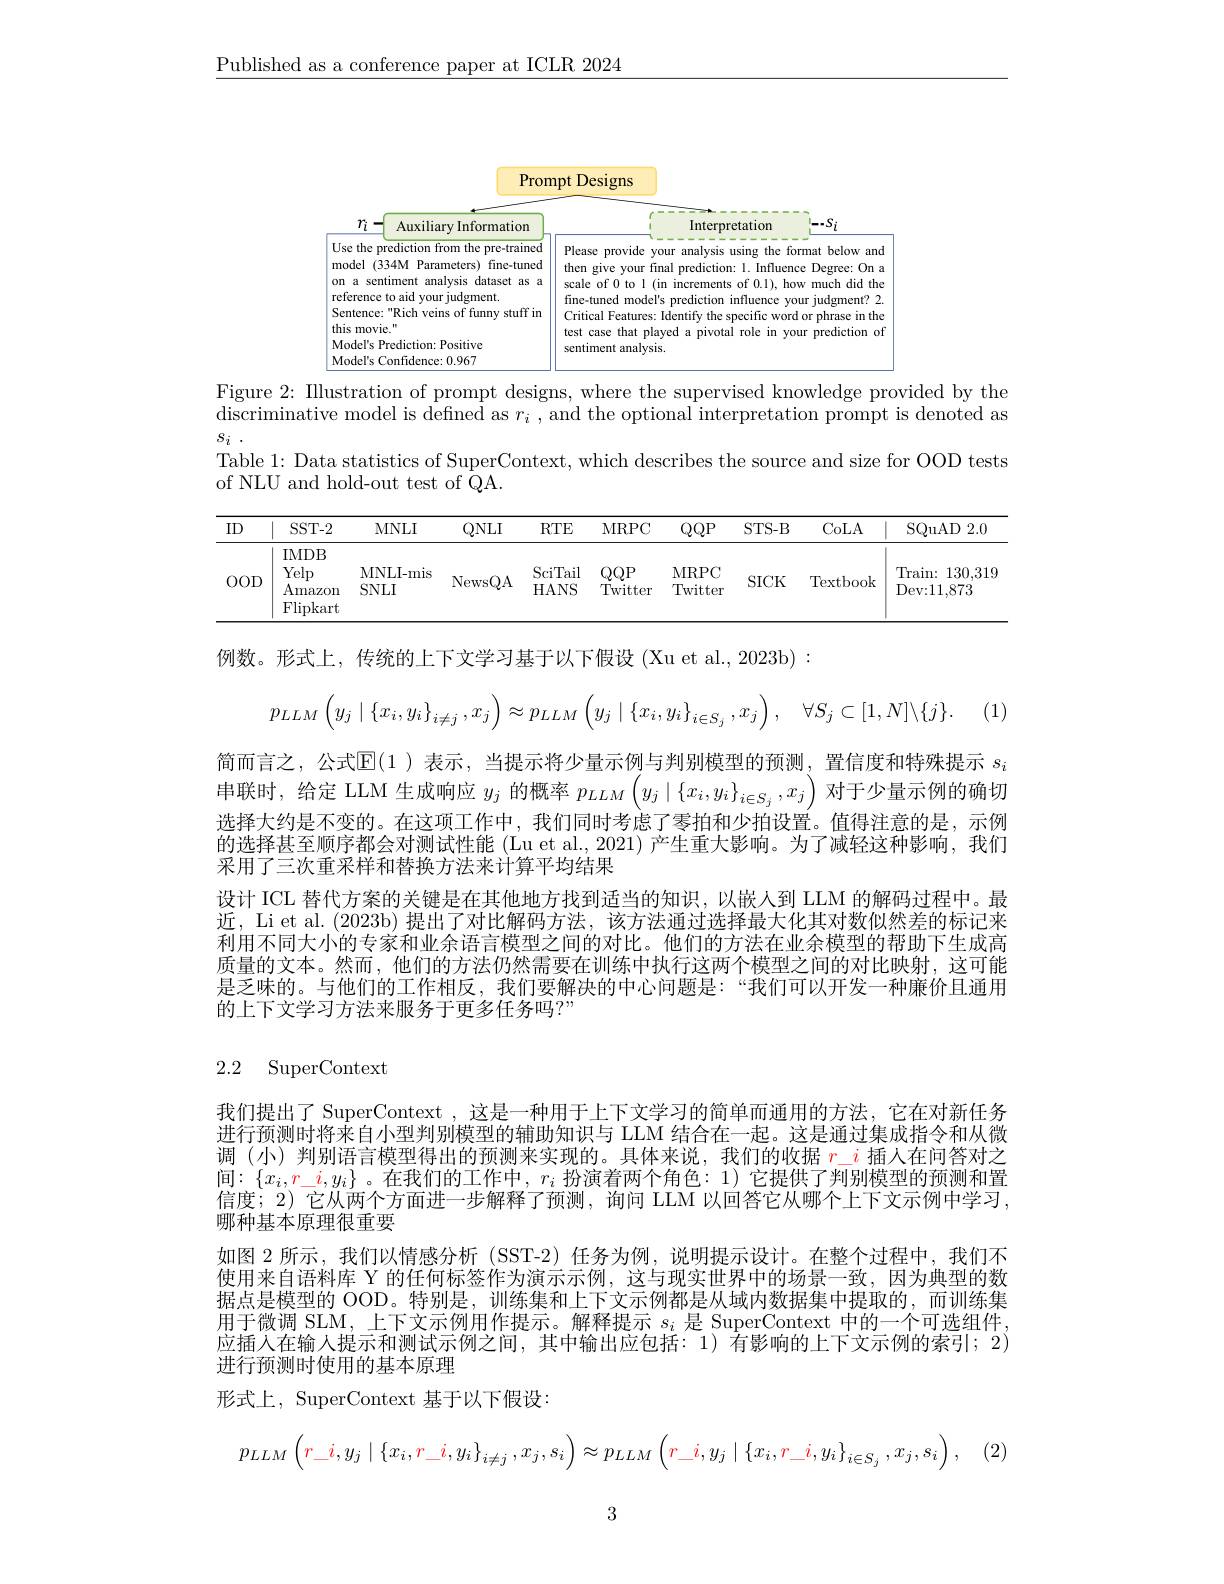
$\underline{\text{Published as a conference paper at ICLR 2024}}$

<FigureHere>

Figure 2: Illustration of prompt designs, where the supervised knowledge provided by the

$\begin{array}{c}{\text{discriminative model is defined as }r_{i}}\end{array}$,and the optional interpretation prompt is denoted as

$S_i$ .

Table 1: Data statistics of SuperContext, which describes the source and size for OOD tests

of NLU and hold-out test of QA.

<table>
	<tbody>
		<tr>
			<th>ID</th>
			<th>$SST-2$</th>
			<th>MNLI</th>
			<th>$QNLI$</th>
			<th>$RTE$</th>
			<th>MRPC</th>
			<th>$QQP$</th>
			<th>$STS-B$</th>
			<th>CoLA</th>
			<th>SQuAD 2.0</th>
		</tr>
		<tr>
			<td>$OOD$</td>
			<td>IMDB Yelp Amazon $\operatorname{Flipkart}$</td>
			<td>MNLI- mis $SNLI$</td>
			<td>Newst $;QA$</td>
			<td>SciTail HANS</td>
			<td>$QQP$ Twitter</td>
			<td>MRPC Twitter</td>
			<td>$SICK$</td>
			<td>Textbook</td>
			<td>Train: 130,319 Dev: 11, 873</td>
		</tr>
	</tbody>
</table>

. (1)
$$p_{LLM}\left(y_j\mid\left\{x_i,y_i\right\}_{i\neq j},x_j\right)\approx p_{LLM}\left(y_j\mid\left\{x_i,y_i\right\}_{i\in S_j},x_j\right),\quad\forall S_j\subset[1,N]\backslash\{j\}.$$
简而言之，公式$\mathbb{E}(1)$ 表示，当提示将少量示例与判别模型的预测，置信度和特殊提示 $s_i$ 串联时，给定 LLM 生成响应$y_j$的概率$p_{LLM}\left(y_j\mid\{x_i,y_i\}_{i\in S_j},x_j\right)$对于少量示例的确切选择大约是不变的。在这项工作中，我们同时考虑了零拍和少拍设置。值得注意的是，示例的选择甚至顺序都会对测试性能 (Lu et al., 2021) 产生重大影响。为了减轻这种影响，我们采用了三次重采样和替换方法来计算平均结果
设计 ICL 替代方案的关键是在其他地方找到适当的知识，以嵌人到 LLM 的解码过程中。最近，Li et al. (2023b) 提出了对比解码方法，该方法通过选择最大化其对数似然差的标记来利用不同大小的专家和业余语言模型之间的对比。他们的方法在业余模型的帮助下生成高质量的文本。然而，他们的方法仍然需要在训练中执行这两个模型之间的对比映射，这可能是乏味的。与他们的工作相反，我们要解决的中心问题是：“我们可以开发一种廉价且通用的上下文学习方法来服务于更多任务吗？”

例数。形式上，传统的上下文学习基于以下假设(Xu et al.,2023b):
2.2 SuperContext
我们提出了 SuperContext , 这是一种用于上下文学习的简单而通用的方法，它在对新任务进行预测时将来自小型判别模型的辅助知识与 LLM 结合在一起。这是通过集成指令和从微调 (小) 判别语言模型得出的预测来实现的。具体来说，我们的收据$\color{red}{r}\underline{i}$插人在问答对之间 : $\{ x_i, r_i, y_i\}$。在 我 们 的 工 作 中 , $r_i$ 扮 演 着 两 个 角 色 : 1) 它 提 供 了 判 别 模 型 的 预 测 和 置 信 度 : 2) 它 从 两 个 方 面 进 一 步 解 释 了 而 测 。询 问 LIM 以 回 答 它 从 哪 个 上 下 文 示 例 中 学 习哪种基本原理很重要
如图 2 所示，我们以情感分析 (SST-2) 任务为例，说明提示设计。在整个过程中，我们不使用来自语料库 Y 的任何标签作为演示示例，这与现实世界中的场景一致，因为典型的数据点是模型的 OOD。特别是，训练集和上下文示例都是从域内数据集中提取的，而训练集用于微调 SLM, 上下文示例用作提示。解释提示$s_i$是 SuperContext 中的一个可选组件应插入在输人提示和测试示例之间，其中输出应包括：1)有影响的上下文示例的索引；2) 进行预测时使用的基本原理
形式上，SuperContext 基于以下假设：
$$p_{LLM}\left(r_i,y_j\mid\{x_i,r_i,y_i\}_{i\neq j},x_j,s_i\right)\approx p_{LLM}\left(r_i,y_j\mid\{x_i,r_i,y_i\}_{i\in S_j},x_j,s_i\right),$$
3